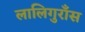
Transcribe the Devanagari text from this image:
लालिगुराँस